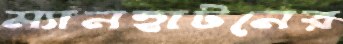
ম্যানহাটনের